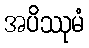
အပိဿုမံ